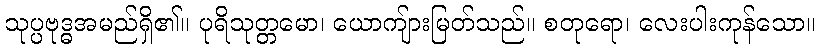
သုပ္ပဗုဒ္ဓအမည်ရှိ၏။ ပုရိသုတ္တမော၊ ယောကျ်ားမြတ်သည်။ စတုရော၊ လေးပါးကုန်သော။